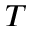
T